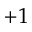
+ 1